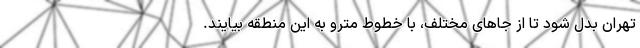
تهران بدل شود تا از جاهای مختلف، با خطوط مترو به این منطقه بیایند.